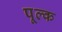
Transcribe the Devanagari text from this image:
पूल्क